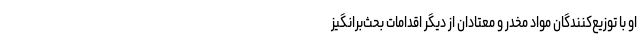
او با توزیع‌کنندگان مواد مخدر و معتادان از دیگر اقدامات بحث‌برانگیز